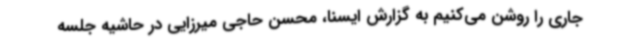
جاری را روشن می‌کنیم به گزارش ایسنا، محسن حاجی میرزایی در حاشیه جلسه